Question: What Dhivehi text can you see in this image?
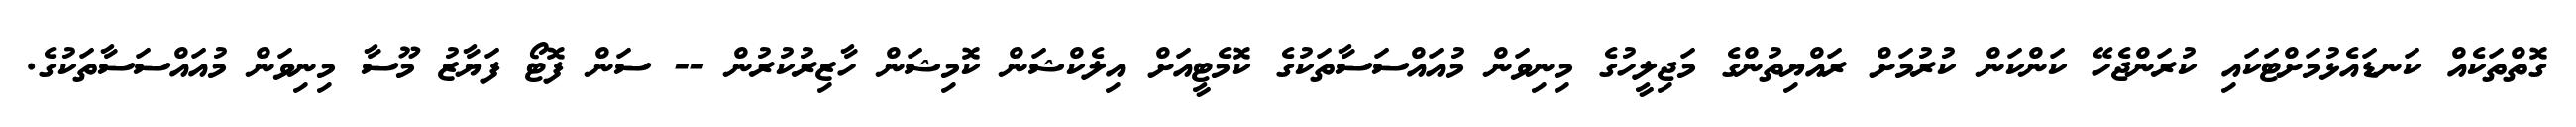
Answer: ގޮތްތަކެއް ކަނޑައެޅުމަށްޓަކައި ކުރަންޖެހޭ ކަންކަން ކުރުމަށް ރައްޔިތުންގެ މަޖިލީހުގެ މިނިވަން މުއައްސަސާތަކުގެ ކޮމެޓީއަށް އިލެކްޝަން ކޮމިޝަން ހާޒިރުކުރުން -- ސަން ފޮޓޯ ފަޔާޒު މޫސާ މިނިވަން މުއައްސަސާތަކުގެ.